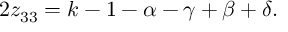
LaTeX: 2 z _ { 3 3 } = k - 1 - \alpha - \gamma + \beta + \delta .